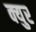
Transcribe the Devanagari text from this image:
क्युर